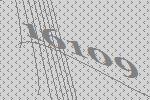
16109